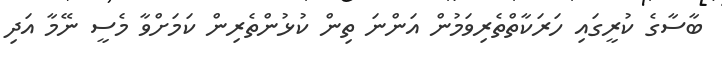
ބާސާގެ ކުރީގައި ހަރަކާތްތެރިވަމުން އަންނަ ތިން ކުޅުންތެރިން ކަމަށްވާ މެސީ ނޭމާ އަދި